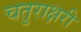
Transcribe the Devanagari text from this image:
चतुराक्षरी